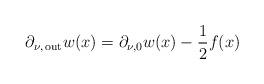
LaTeX: \begin{align*}\partial_{\nu, \,{\rm out}} w(x) = \partial_{\nu, 0} w(x) -\frac{1}{2} f(x)\end{align*}